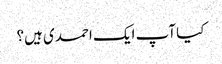
کیا آپ ایک احمدی ہیں؟